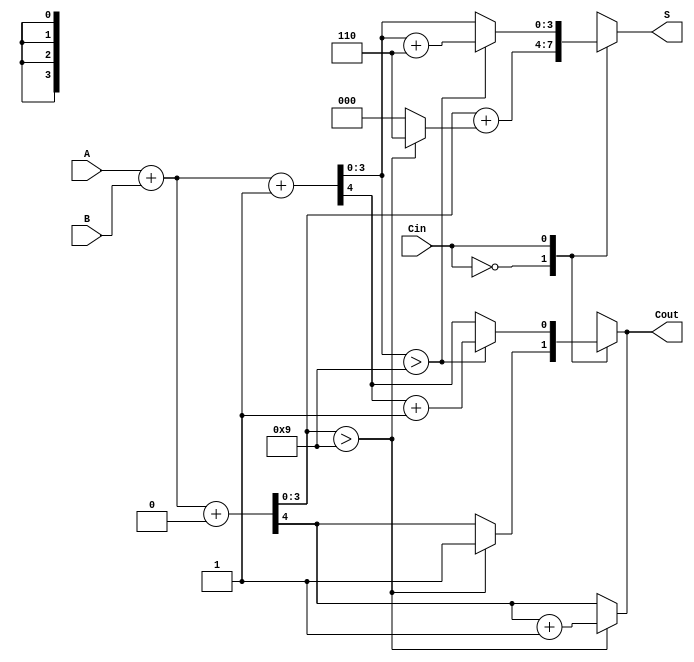
module BCD_MCSA (
    input  wire [3:0] A,        // BCD input A
    input  wire [3:0] B,        // BCD input B
    input  wire       Cin,       // Carry-in
    output reg  [3:0] S,         // BCD sum output
    output reg       Cout        // Carry-out
);

    // Intermediate sums
    wire [3:0] S0, S1;           // Sums for Cin = 0 and Cin = 1
    wire C0, C1;                 // Carry-outs for Cin = 0 and Cin = 1
    wire [3:0] corrected_sum;    // Corrected sum after BCD adjustment

    // Calculate preliminary sums for Cin = 0 and Cin = 1
    assign {C0, S0} = A + B + 4'b0000; // Sum with Cin = 0
    assign {C1, S1} = A + B + 4'b0001; // Sum with Cin = 1

    // BCD correction logic: correct if the sum exceeds 9
    wire [3:0] adjustment;
    assign adjustment = (S0 > 4'b1001) ? 4'd6 : 4'd0; // Correct for S0
    assign corrected_sum = S0 + adjustment; 
    assign Cout = (S0 > 4'b1001) ? C0 + 1 : C0; // Adjust carry-out if correction applied

    // Select the final sum and carry-out based on carry-in
    always @(*) begin
        case (Cin)
            1'b0: begin
                S = corrected_sum; // Use preliminary sum with Cin = 0
                Cout = (S0 > 4'b1001) ? 1'b1 : C0; // Determine final carry-out
            end
            1'b1: begin
                S = S1; // Use preliminary sum with Cin = 1
                Cout = C1; // Carry-out from Cin = 1
                if(S1 > 4'b1001) begin
                    S = S1 + 4'd6; // Correct if S1 exceeds 9
                    Cout = C1 + 1; // Adjust carry-out
                end
            end
        endcase
    end

endmodule